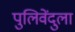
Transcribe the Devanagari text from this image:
पुलिवेंदुला